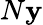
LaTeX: N\mathbf{y}